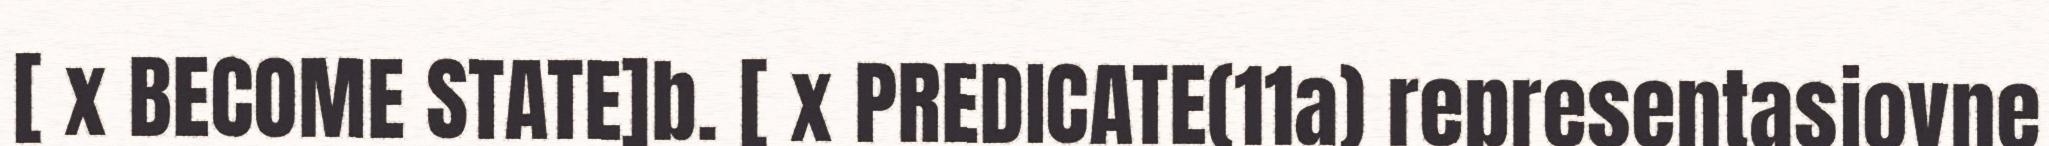
[ x BECOME STATE]b. [ x PREDICATE(11a) representasjovne